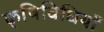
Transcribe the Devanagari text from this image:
कृषिविधियाँ